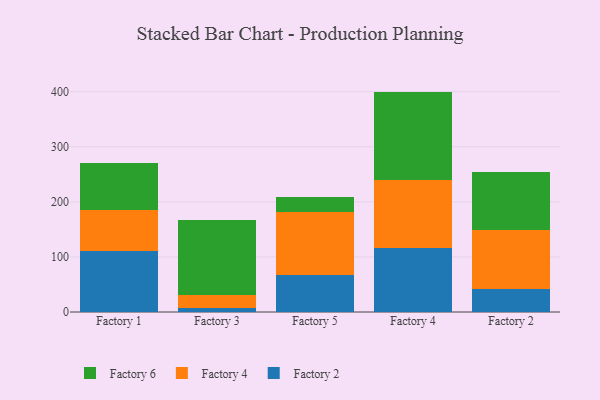
{"axis": {"x": "Factory", "y": "Churn Rate (%)"}, "legend": ["Factory 2", "Factory 4", "Factory 6"], "data": [{"x": "Factory 1", "y": 110.3, "type": "Factory 2"}, {"x": "Factory 1", "y": 75.7, "type": "Factory 4"}, {"x": "Factory 1", "y": 85.4, "type": "Factory 6"}, {"x": "Factory 3", "y": 7.3, "type": "Factory 2"}, {"x": "Factory 3", "y": 23.2, "type": "Factory 4"}, {"x": "Factory 3", "y": 135.8, "type": "Factory 6"}, {"x": "Factory 5", "y": 67.2, "type": "Factory 2"}, {"x": "Factory 5", "y": 114.4, "type": "Factory 4"}, {"x": "Factory 5", "y": 27.8, "type": "Factory 6"}, {"x": "Factory 4", "y": 116.0, "type": "Factory 2"}, {"x": "Factory 4", "y": 123.4, "type": "Factory 4"}, {"x": "Factory 4", "y": 160.8, "type": "Factory 6"}, {"x": "Factory 2", "y": 41.8, "type": "Factory 2"}, {"x": "Factory 2", "y": 107.8, "type": "Factory 4"}, {"x": "Factory 2", "y": 105.1, "type": "Factory 6"}]}